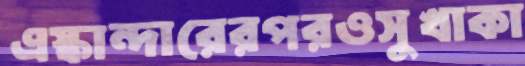
এস্কান্দারেরপরওসুখাকা